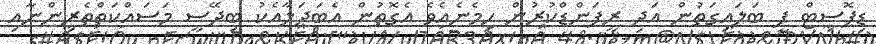
ޑިޕޮސިޓް ފީ ބަލައިގަތުން އަދި ރީފަންޑްކުރުން ހިމެނެއެވެ އެގޮތުން އެބަދަލާއެކު ބިދޭސީ މަސައްކަތްތެރިންނާއި